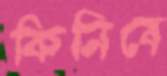
কিনিবে